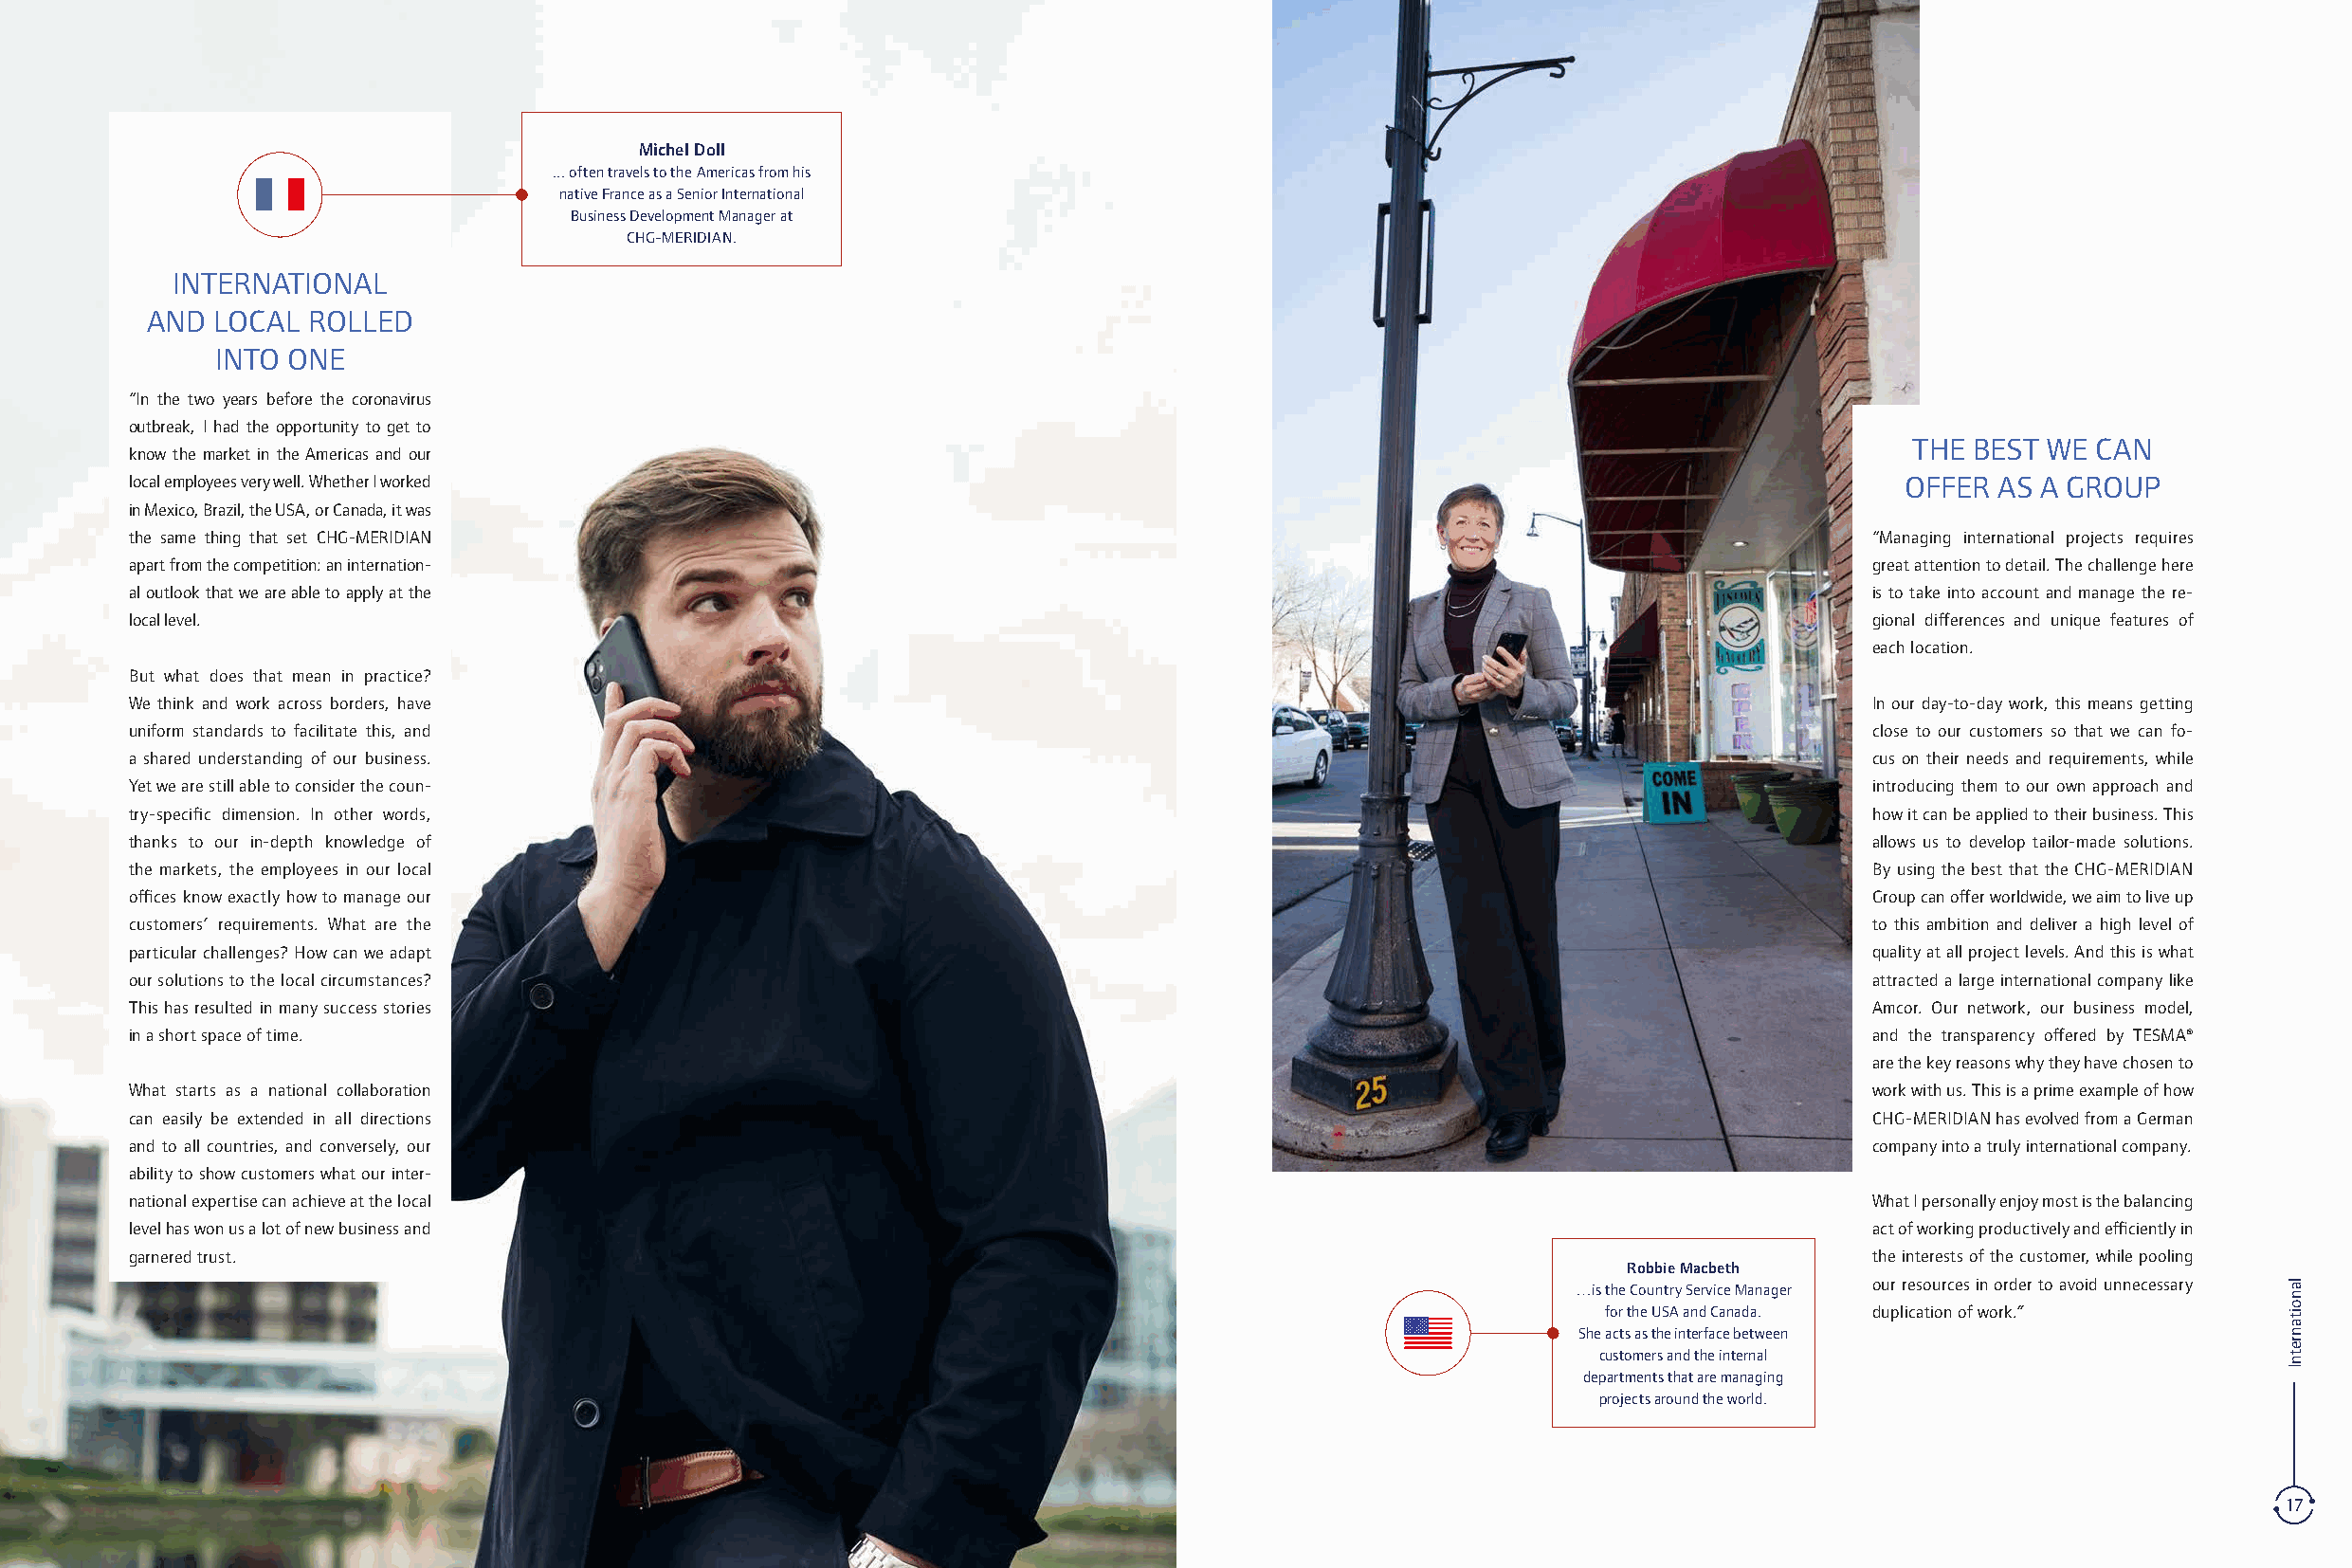
Michel Doll
 ... often travels to the Americas from his
 native France as a Senior International
 Business Development Manager at
 CHG-MERIDIAN.
 INTERNATIONAL
 AND  LOCAL  ROLLED
 INTO ONE
 “In the two years before the coronavirus
 outbreak, I had the opportunity to get to
 THE BEST WE CAN
 know the market in the Americas and our
 local employees very well. Whether I worked                                                                                 OFFER AS A GROUP
 in Mexico, Brazil, the USA, or Canada, it was
 the same thing that set CHG-MERIDIAN                                                                                      “Managing international projects requires
 apart from the competition: an internation-                                                                               great attention to detail. The challenge here
 al outlook that we are able to apply at the                                                                               is to take into account and manage the re-
 local level.                                                                                                              gional differences and unique features of
 each location.
 But what does that mean in practice?
 We think and work across borders, have                                                                                    In our day-to-day work, this means getting
 uniform standards to facilitate this, and                                                                                 close to our customers so that we can fo-
 a shared understanding of our business.                                                                                   cus on their needs and requirements, while
 Yet we are still able to consider the coun-                                                                               introducing them to our own approach and
 try-specific dimension. In other words,                                                                                   how it can be applied to their business. This
 thanks to our in-depth knowledge of                                                                                       allows us to develop tailor-made solutions.
 the markets, the employees in our local                                                                                   By using the best that the CHG-MERIDIAN
 offices know exactly how to manage our                                                                                    Group can offer worldwide, we aim to live up
 cus tomers’ requirements. What are the                                                                                    to this ambition and deliver a high level of
 particular challenges? How can we adapt                                                                                   quality at all project levels. And this is what
 our solutions to the local circumstances?                                                                                 attracted a large international company like
 This has resulted in many success stories                                                                                 Amcor. Our network, our business model,
 in a short space of time.                                                                                                 and the transparency offered by TESMA®
 are the key reasons why they have chosen to
 What starts as a national collaboration                                                                                   work with us. This is a prime example of how
 can easily be extended in all directions                                                                                  CHG-MERIDIAN has evolved from a German
 and to all countries, and conversely, our                                                                                 company into a truly international company.
 ability to show customers what our inter-
 national expertise can achieve at the local                                                                               What I personally enjoy most is the balancing
 level has won us a lot of new business and                                                                                act of working productively and efficiently in
 garnered trust.                                                                                                           the interests of the customer, while pooling
 Robbie Macbeth
 our resources in order to avoid unnecessary
 … is the Country Service Manager
 for the USA and Canada. duplication of work.”
 She acts as the interface between
 customers and the internal
 departments that are managing
 projects around the world.
 16                                                                                                                                                           17
 lanoitanretnI                                                                                                                                               lanoitanretnI